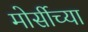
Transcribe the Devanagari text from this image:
मोर्सीच्या